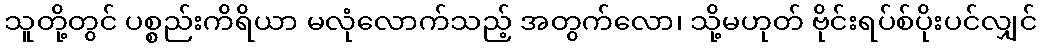
သူတို့တွင် ပစ္စည်းကိရိယာ မလုံလောက်သည့် အတွက်လော၊ သို့မဟုတ် ဗိုင်းရပ်စ်ပိုးပင်လျှင်